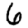
Digit: 6